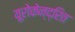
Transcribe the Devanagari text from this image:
यूरोकेन्द्रित